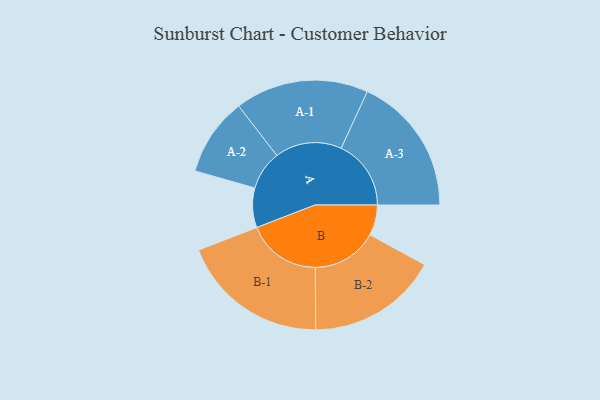
{"axis": {"x": "Segment", "y": "Value"}, "legend": ["", "A", "B"], "data": [{"x": "A", "y": 153, "type": ""}, {"x": "B", "y": 118, "type": ""}, {"x": "A-1", "y": 258, "type": "A"}, {"x": "A-2", "y": 151, "type": "A"}, {"x": "A-3", "y": 270, "type": "A"}, {"x": "B-1", "y": 286, "type": "B"}, {"x": "B-2", "y": 253, "type": "B"}]}